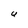
Character: U